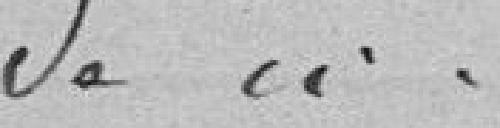
de ci.